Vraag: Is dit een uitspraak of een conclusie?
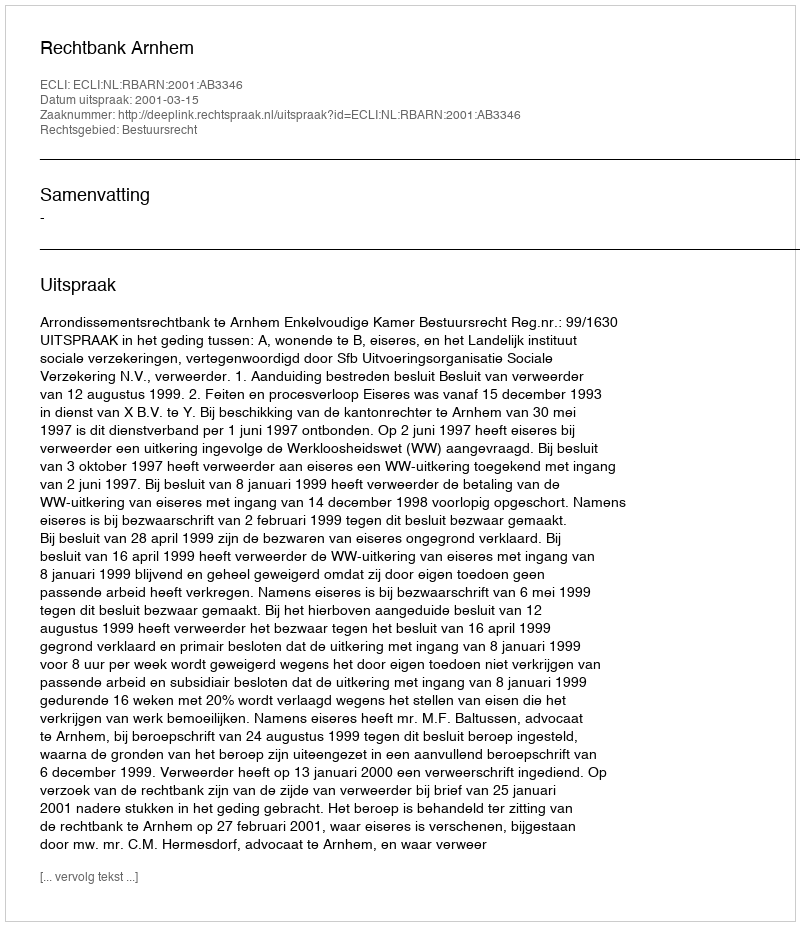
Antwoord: Uitspraak